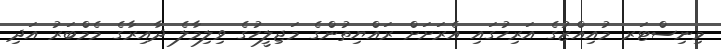
މިނިސްޓަރ މުއިއްޒުގެ އަރިހުގައި އެރަށަށް ރައްޔިތުންގެ މަޖިލީހުގެ ވިލިމާލެ ދާއިރާގެ މެމްބަރު އަދި